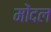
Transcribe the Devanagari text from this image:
मोंदल